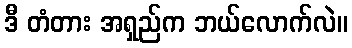
ဒီ တံတား အရှည်က ဘယ်လောက်လဲ။